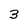
Character: 3